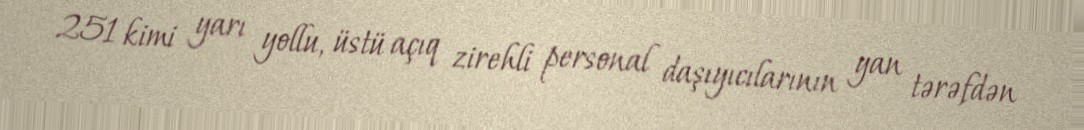
251 kimi yarı yollu, üstü açıq zirehli personal daşıyıcılarının yan tərəfdən